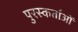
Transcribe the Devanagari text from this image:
पुरस्कर्ताओं